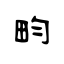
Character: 畇